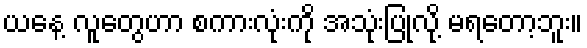
ယနေ့ လူတွေဟာ စကားလုံးကို အသုံးပြုလို့ မရတော့ဘူး။